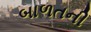
બાળતની